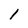
Character: 1